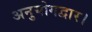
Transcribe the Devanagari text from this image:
अनुयोगद्वार।